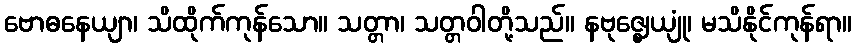
ဗောဓနေယျာ၊ သိထိုက်ကုန်သော။ သတ္တာ၊ သတ္တဝါတို့သည်။ နဗုဇ္ဈေယျုံ၊ မသိနိုင်ကုန်ရာ။